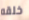
خلقه